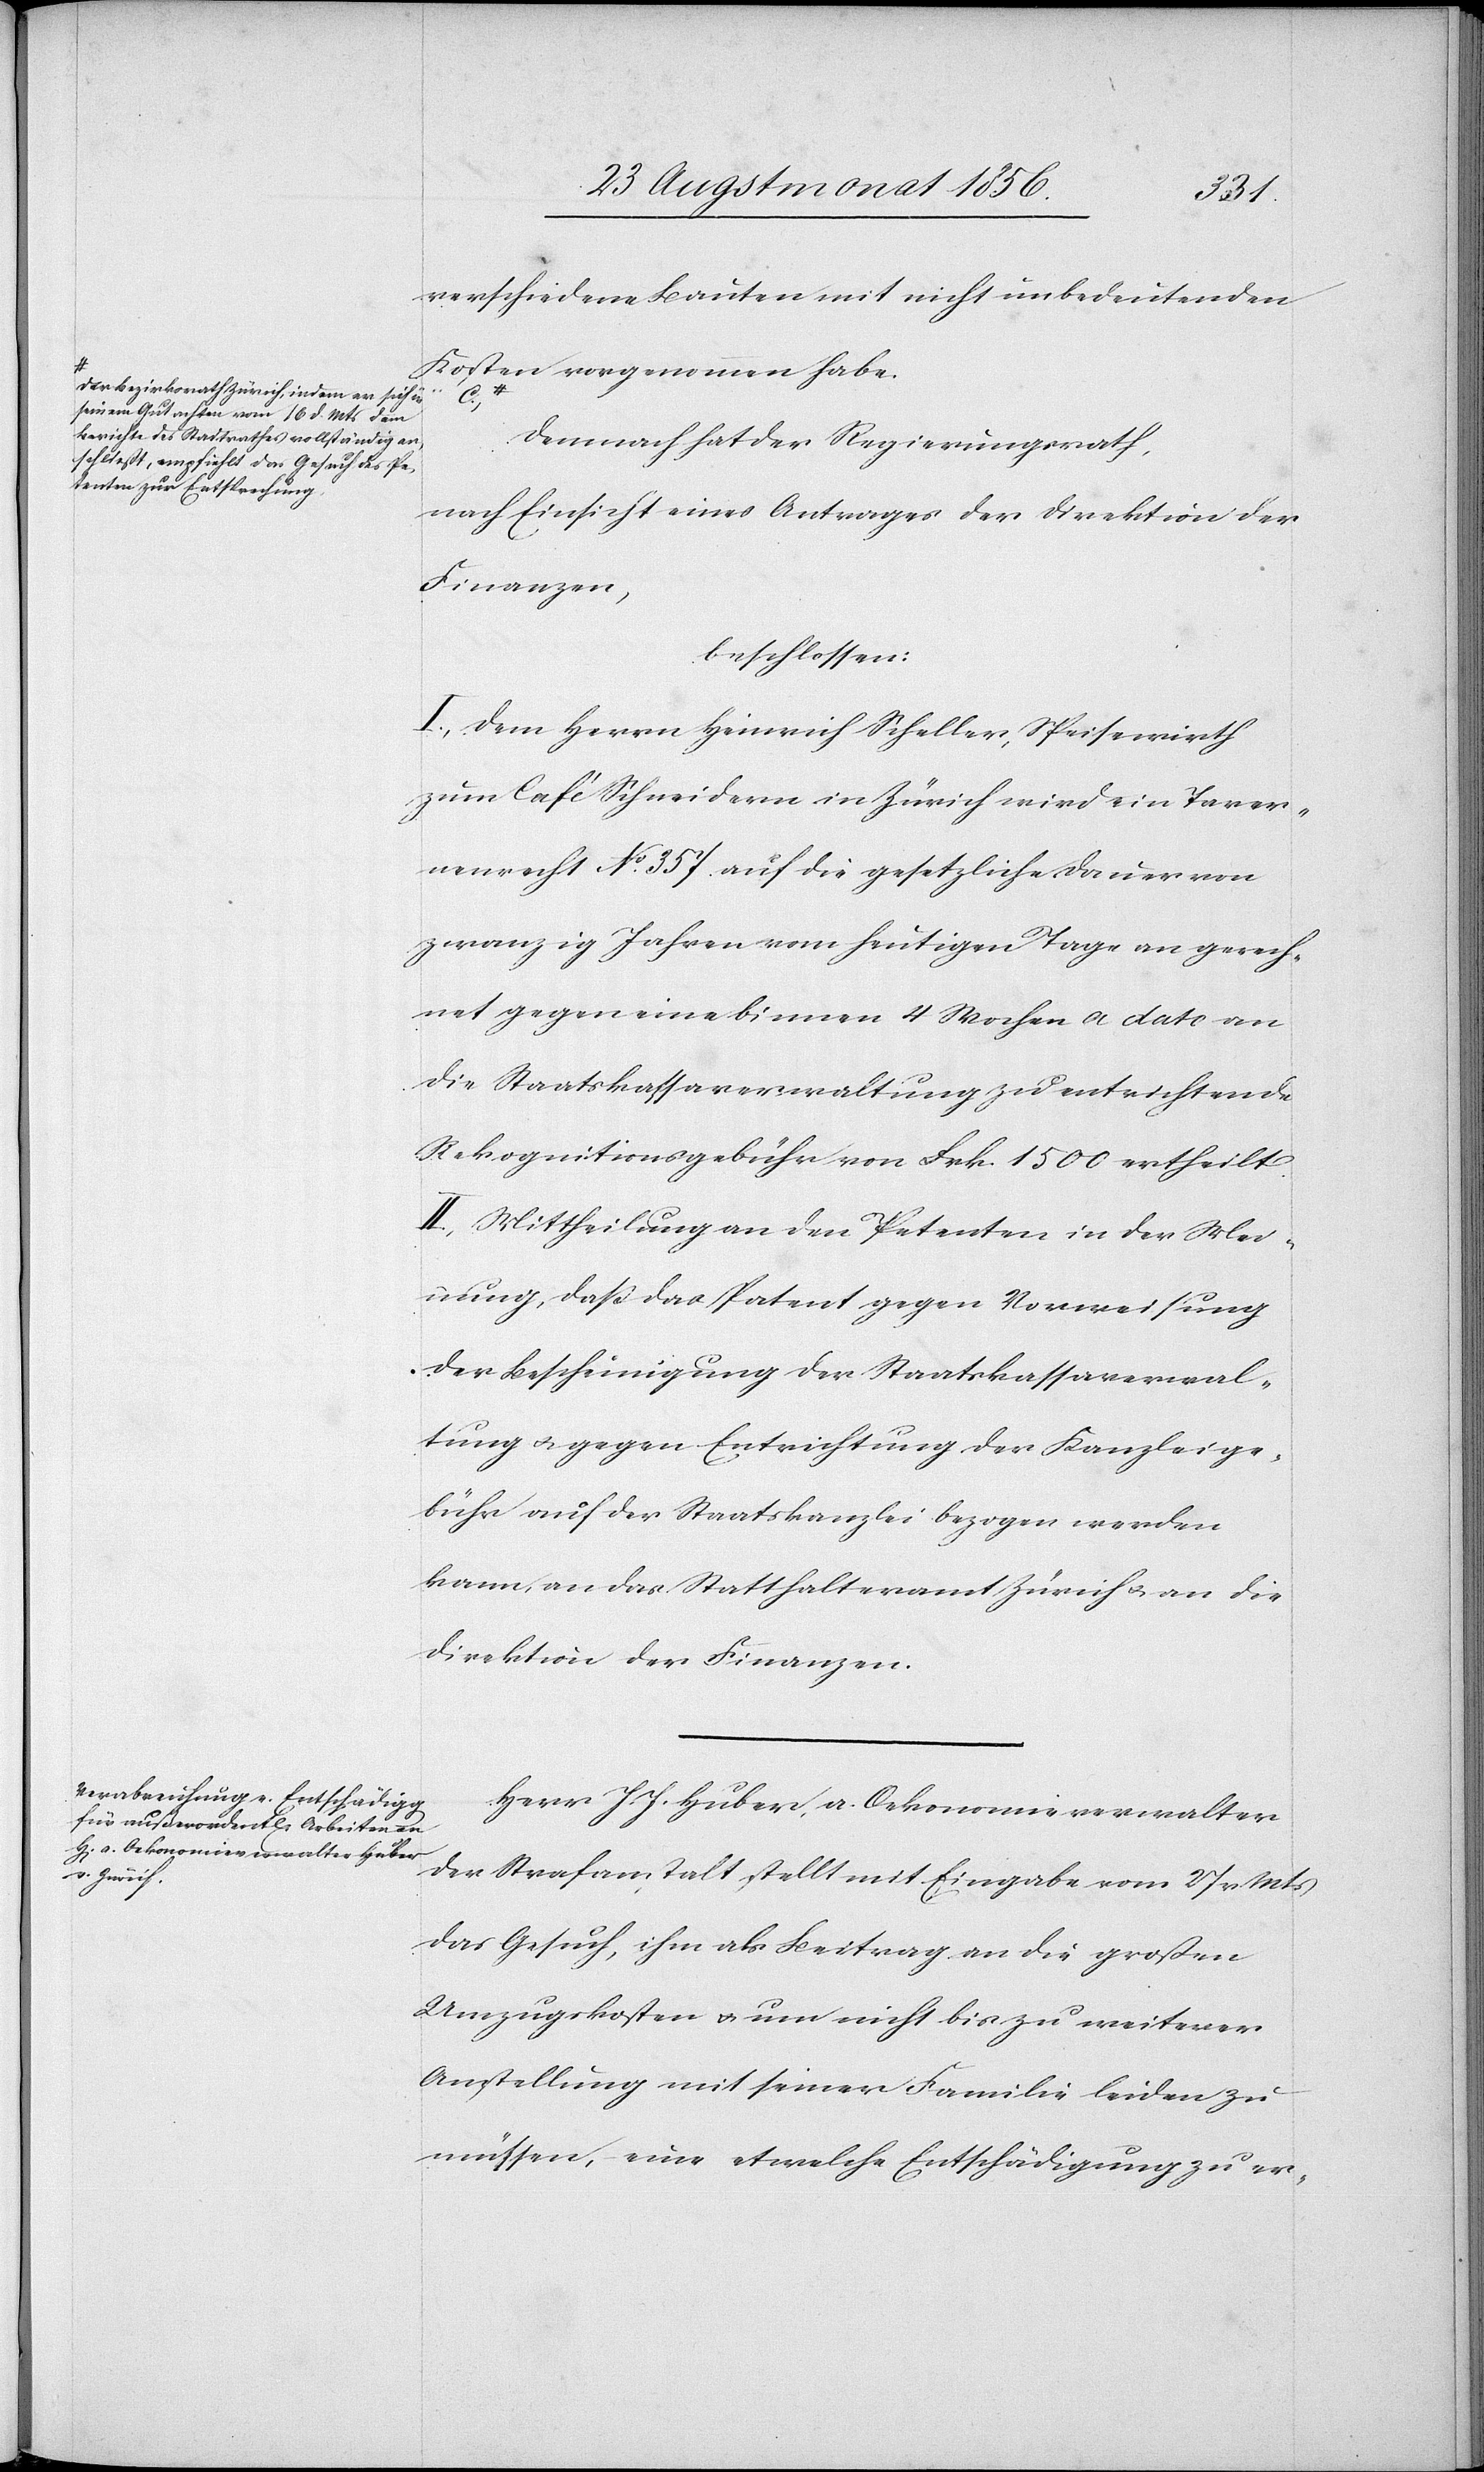
a-Der Bezirksrath Zürich, indem er sich in
seinem Gutachten vom 16 d. Mts dem
Berichte des Stadtrathes vollständig a¬
nschließt, empfiehlt das Gesuch des Pe¬
tenten zur Entsprechung.-a

verschiedene Bauten mit nicht unbedeutenden
Kosten vorgenommen habe.
C.)
Demnach hat der Regierungsrath,
nach Einsicht eines Antrages der Direktion der
Finanzen,
beschlossen:
I.) Dem Herrn Heinrich Scheller, Speisewirth
zum Café Schneidern in Zürich wird ein Taver¬
nenrecht No 357. auf die gesetzliche Dauer von
zwanzig Jahren vom heutigen Tage an gerech¬
net gegen eine binnen 4 Wochen a dato an
die Staatskassaverwaltung zu entrichtende
Rekognitionsgebühr von Frk. 1500 ertheilt.
II.) Mittheilung an den Petenten in der Mei¬
nung, dass das Patent gegen Vorweisung
der Bescheinigung der Staatskassaverwal¬
tung u. gegen Entrichtung der Kanzleige¬
bühr auf der Staatskanzlei bezogen werden
kann, an das Statthalteramt Zürich u. an die
Direktion der Finanzen.
Herr J. J. Huber, a. Oekonomieverwalter
der Strafanstalt stellt mit Eingabe vom 27 v Mts
das Gesuch, ihm als Beitrag an die großen
Umzugskosten u. um nicht bis zu weiterer
Anstellung mit seiner Familie leiden zu
müssen, eine etwelche Entschädigung zu er-